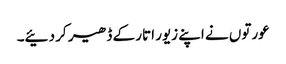
عورتوں نے اپنے زیور اتار کے ڈھیر کر دئیے۔